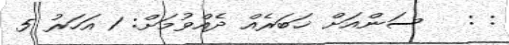
: :   ސަންއަށް ޚަބަރެއް ދެއްވުމަށް: 1 އަހަރު 5